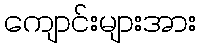
ကျောင်းများအား